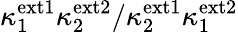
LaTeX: \kappa_{1}^{\mathrm{ext1}}\kappa_{2}^{\mathrm{ext2}}/\kappa_{2}^{\mathrm{ext1}}\kappa_{1}^{\mathrm{ext2}}